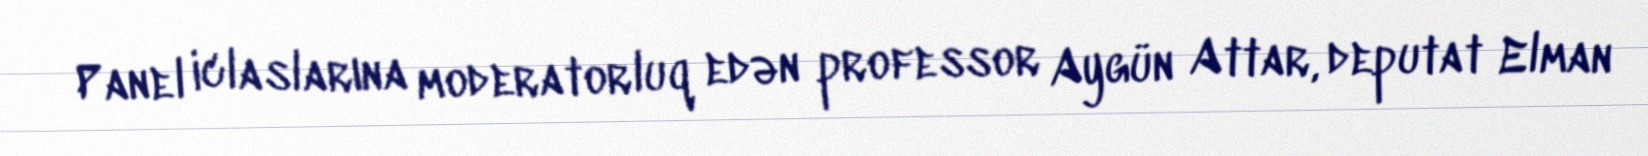
Panel iclaslarına moderatorluq edən professor Aygün Attar, deputat Elman